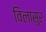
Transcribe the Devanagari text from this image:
विलासुर